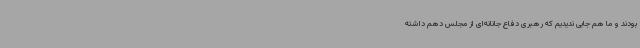
بودند و ما هم جایی ندیدیم که رهبری دفاع جانانه‌ای از مجلس دهم داشته